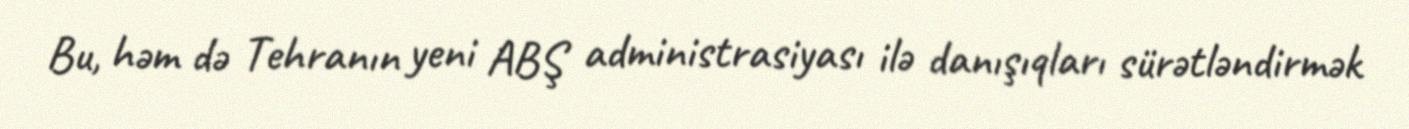
Bu, həm də Tehranın yeni ABŞ administrasiyası ilə danışıqları sürətləndirmək